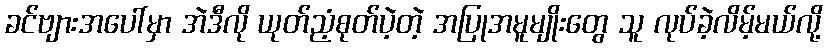
ခင်ဗျားအပေါ်မှာ အဲဒီလို ယုတ်ညံ့စုတ်ပဲ့တဲ့ အပြုအမူမျိုးတွေ သူ လုပ်ခဲ့လိမ့်မယ်လို့